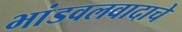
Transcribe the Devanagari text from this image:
भांडवलवादाचे